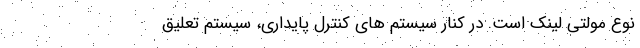
نوع مولتی لینک است. در کنار سیستم های کنترل پایداری، سیستم تعلیق